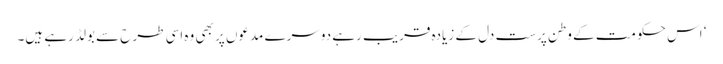
‘ اس حکومت کے وطن پرست دل کے زیادہ قریب رہے دوسرے مدعوں پر بھی وہ اسی طرح سے بولڈ رہے ہیں۔